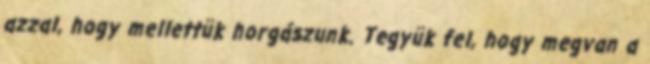
azzal, hogy mellettük horgászunk. Tegyük fel, hogy megvan a